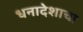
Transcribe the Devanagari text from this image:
धनादेशाचा